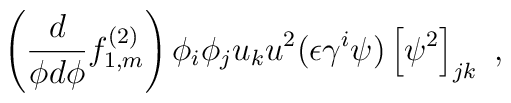
\left( \frac{d}{\phi d \phi} f^{(2)}_{1,m} \right)\phi_i \phi_j u_k u^2  (\epsilon \gamma^i \psi ) \left[ \psi^2 \right]_{jk} ~,